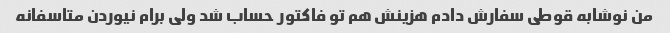
من نوشابه قوطی سفارش دادم هزینش هم تو فاکتور حساب شد ولی برام نیوردن متاسفانه